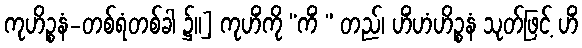
ကုဟိဉ္စနံ-တစ်ရံတစ်ခါ ၌။] ကုဟိံကို “ကိံ ” တည်၊ ဟိံဟံဟိဉ္စနံ သုတ်ဖြင့် ဟိံ